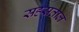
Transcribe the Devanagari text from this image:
सहस्रताल